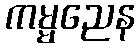
ကမ္မညေန